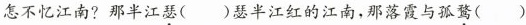
怎不忆江南?那半江瑟()瑟半江红的江南，那落霞与孤鹜()